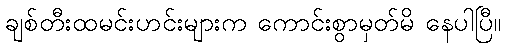
ချစ်တီးထမင်းဟင်းများက ကောင်းစွာမှတ်မိ နေပါပြီ။